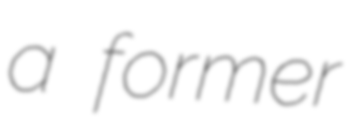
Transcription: a former